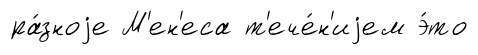
ра́зноjе М'ен'еса т'ече́н'иjем э́то